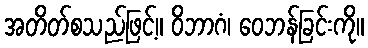
အတိတ်စသည်ဖြင့်။ ဝိဘာဂံ၊ ဝေဘန်ခြင်းကို။